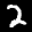
Label: 2